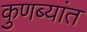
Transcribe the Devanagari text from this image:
कुणब्यांत